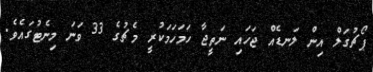
ޕޯޗުގަލް އިން ލަނޑެއް ޖަހައި ނަތީޖާ ހަމަހަމަކުރީ މެޗުގެ 33 ވަނަ މިނެޓުގައެވެ.